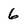
Character: 6